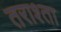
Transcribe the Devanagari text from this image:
तराश्ता